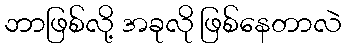
ဘာဖြစ်လို့ အခုလို ဖြစ်နေတာလဲ